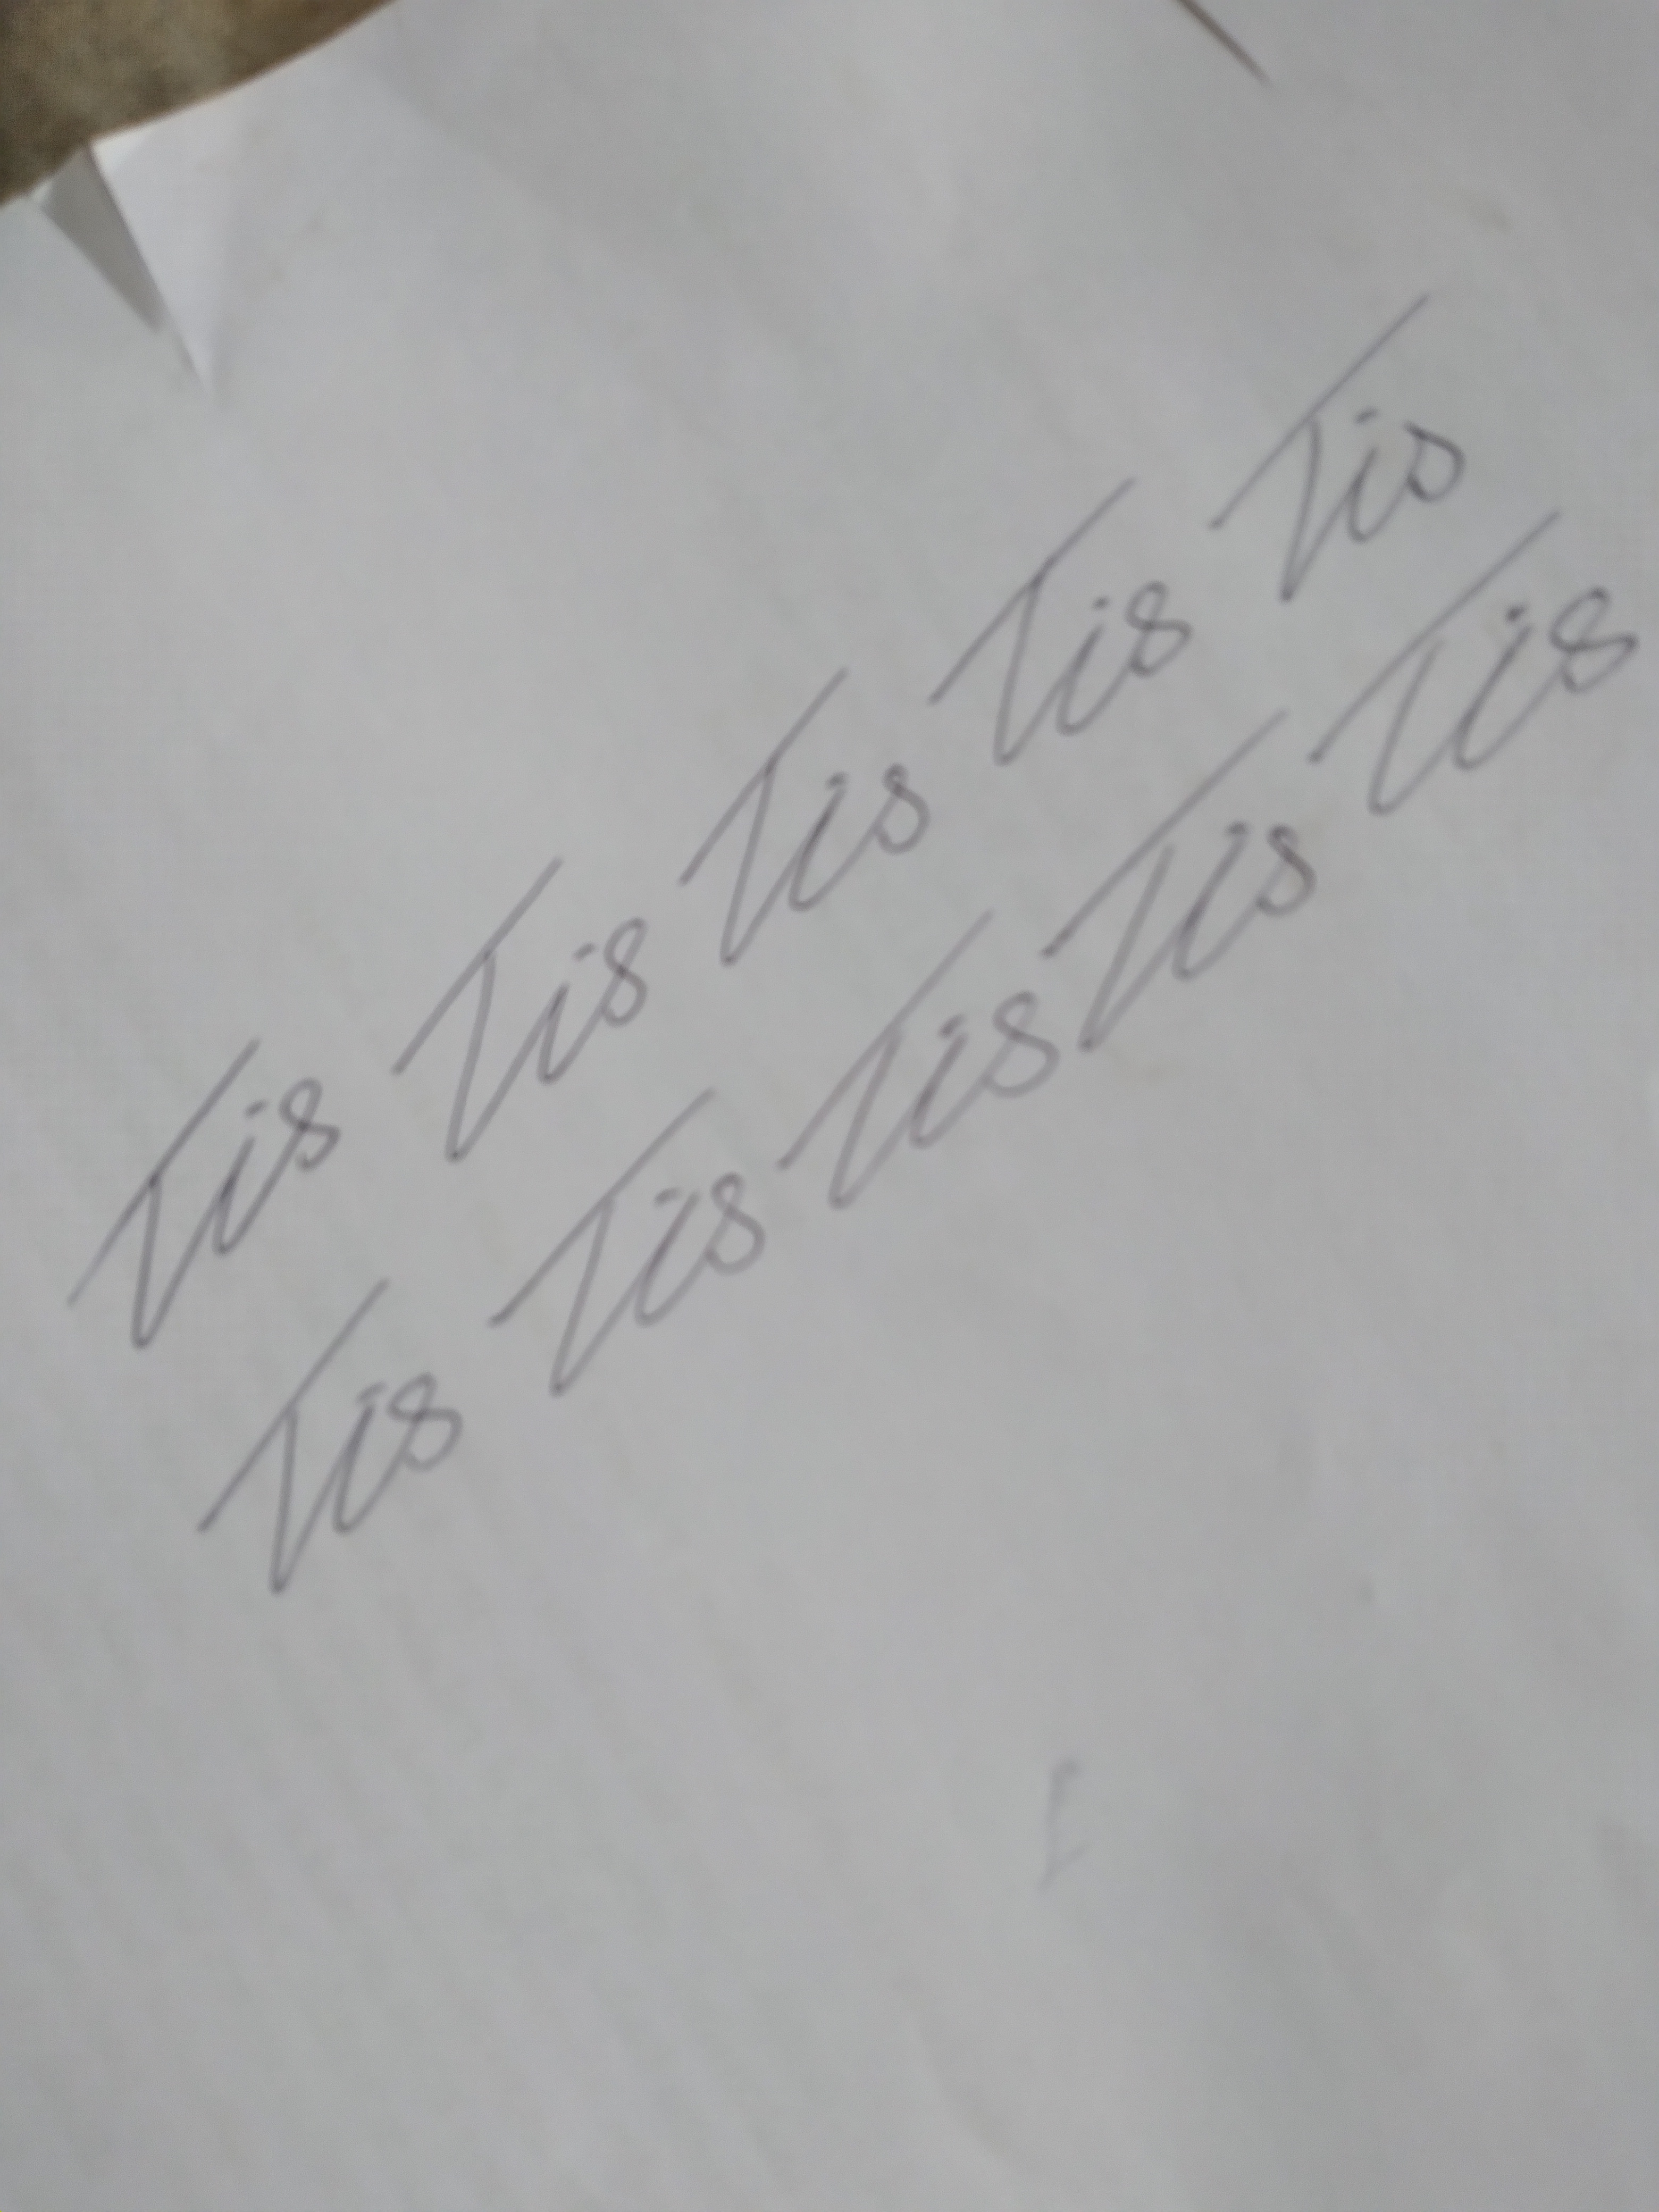
Signature authenticity: genuine